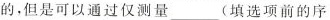
的，但是可以通过仅测量___(填选项前的序